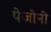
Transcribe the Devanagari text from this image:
पेजोनी